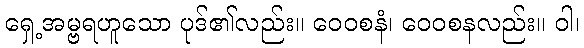
ရှေ့အမ္ဗရဟူသော ပုဒ်၏လည်း။ ဝေဝစနံ၊ ဝေဝစနလည်း။ ဝါ၊